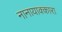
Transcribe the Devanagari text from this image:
नानायाक्कारा